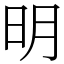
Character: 明